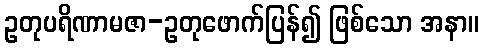
ဥတုပရိဏာမဇာ-ဥတုဖောက်ပြန်၍ ဖြစ်သော အနာ။